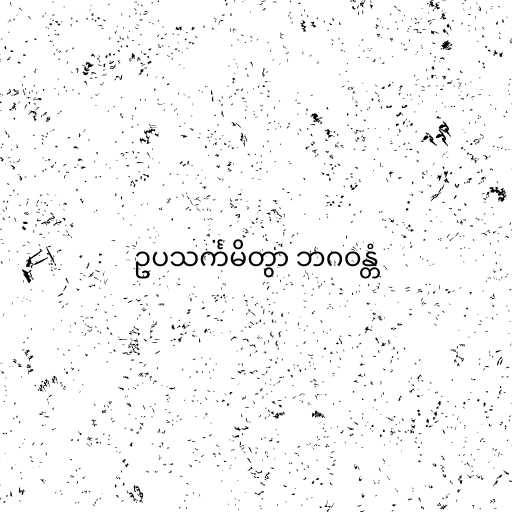
ဥပသင်္ကမိတွာ ဘဂဝန္တံ